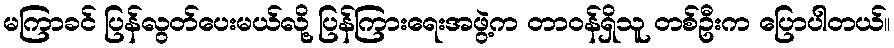
မကြာခင် ပြန်လွတ်ပေးမယ်လို့ ပြန်ကြားရေးအဖွဲ့က တာဝန်ရှိသူ တစ်ဦးက ပြောပါတယ်။